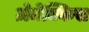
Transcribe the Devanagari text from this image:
ज़ेमेक्किस